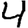
Digit: 4